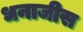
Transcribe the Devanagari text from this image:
धनाजीस